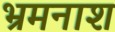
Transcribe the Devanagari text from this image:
भ्रमनाश